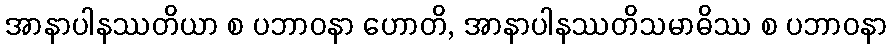
အာနာပါနဿတိယာ စ ပဘာဝနာ ဟောတိ, အာနာပါနဿတိသမာဓိဿ စ ပဘာဝနာ